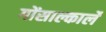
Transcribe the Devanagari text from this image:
गोंसाल्कार्ले